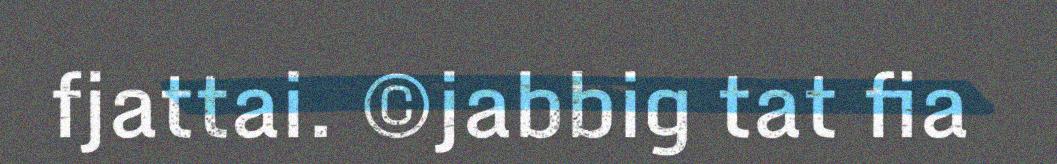
fjattai. ©jabbig tat fia